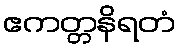
ဧကတ္တနိရတံ